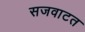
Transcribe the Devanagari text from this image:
सजवाटत